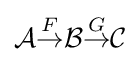
{\mathcal {A}}{\stackrel {F}{\rightarrow }}{\mathcal {B}}{\stackrel {G}{\rightarrow }}{\mathcal {C}}